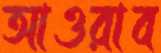
আওরাব